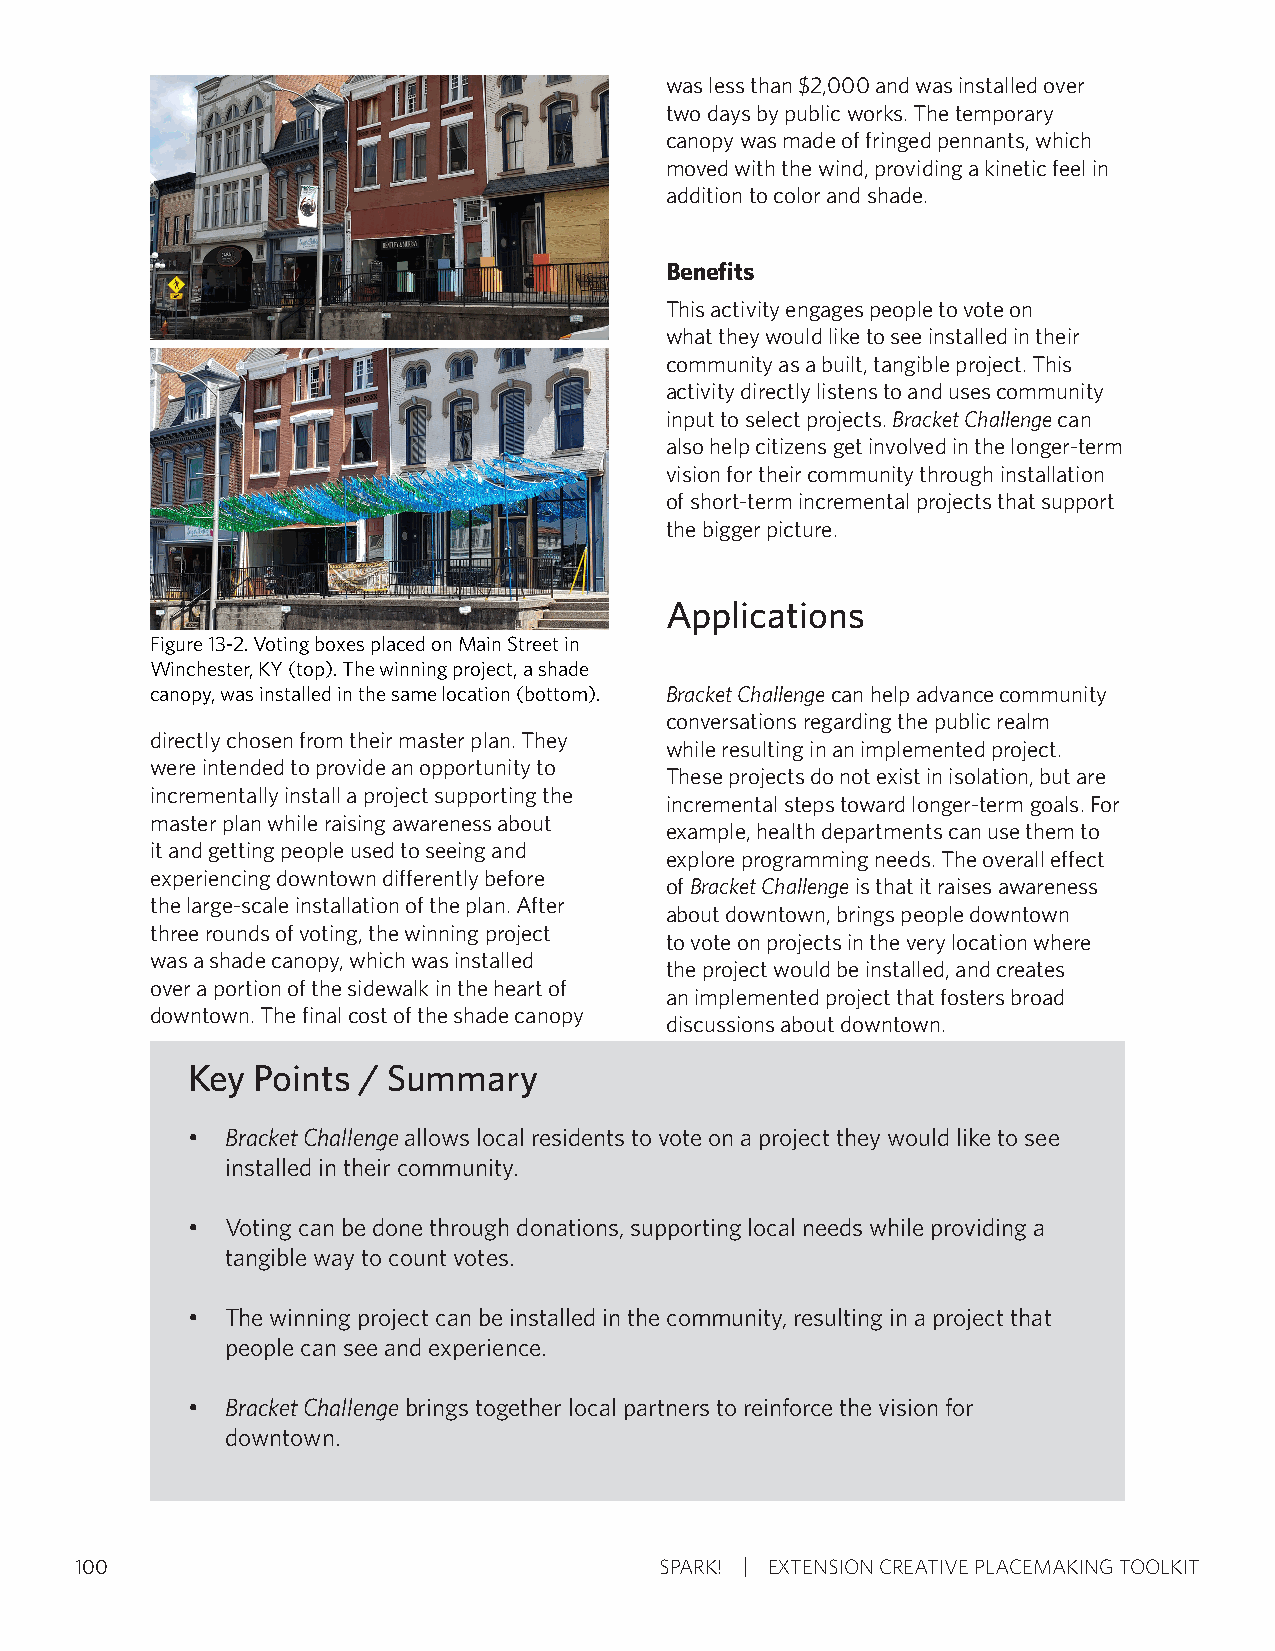
was less than $2,000 and was installed over
 two days by public works. The temporary
 canopy was made of fringed pennants, which
 moved with the wind, providing a kinetic feel in
 addition to color and shade.
 Benefits
 This activity engages people to vote on
 what they would like to see installed in their
 community as a built, tangible project. This
 activity directly listens to and uses community
 input to select projects. Bracket Challenge can
 also help citizens get involved in the longer-term
 vision for their community through installation
 of short-term incremental projects that support
 the bigger picture.
 Applications
 Figure 13-2. Voting boxes placed on Main Street in
 Winchester, KY (top). The winning project, a shade
 canopy, was installed in the same location (bottom). Bracket Challenge can help advance community
 conversations regarding the public realm
 directly chosen from their master plan. They
 while resulting in an implemented project.
 were intended to provide an opportunity to
 These projects do not exist in isolation, but are
 incrementally install a project supporting the
 incremental steps toward longer-term goals. For
 master plan while raising awareness about
 example, health departments can use them to
 it and getting people used to seeing and
 explore programming needs. The overall effect
 experiencing downtown differently before
 of Bracket Challenge is that it raises awareness
 the large-scale installation of the plan. After
 about downtown, brings people downtown
 three rounds of voting, the winning project
 to vote on projects in the very location where
 was a shade canopy, which was installed
 the project would be installed, and creates
 over a portion of the sidewalk in the heart of
 an implemented project that fosters broad
 downtown. The final cost of the shade canopy
 discussions about downtown.
 Key  Points / Summary
 •  Bracket Challenge allows local residents to vote on a project they would like to see
 installed in their community.
 •  Voting can be done through donations, supporting local needs while providing a
 tangible way to count votes.
 •  The winning project can be installed in the community, resulting in a project that
 people can see and experience.
 •  Bracket Challenge brings together local partners to reinforce the vision for
 downtown.
 100                                    SPARK! EXTENSION CREATIVE PLACEMAKING TOOLKIT